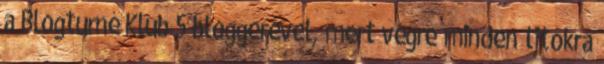
a Blogturné Klub 5 bloggerével, mert végre minden titokra